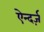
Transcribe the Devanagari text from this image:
ऐन्दर्ज़